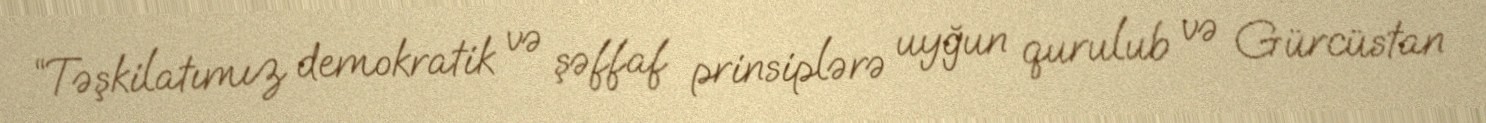
“Təşkilatımız demokratik və şəffaf prinsiplərə uyğun qurulub və Gürcüstan